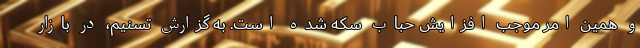
و همین امر موجب افزایش حباب سکه شده است. به گزارش تسنیم،‌ در بازار